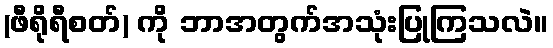
(ဖီရိုရီစတ်) ကို ဘာအတွက်အသုံးပြုကြသလဲ။